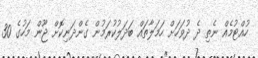
ހުއްޓުމެއް ނެތި ދެ ދުވަހަށް ހަމަލާތައް ބަދަލުކުރަމުން ގެންދަނިކޮށް ޖޫން މަހުގެ 30